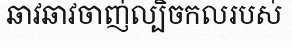
ឆាវឆាវចាញ់ល្បិចកលរបស់